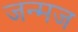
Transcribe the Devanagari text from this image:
जन्मज